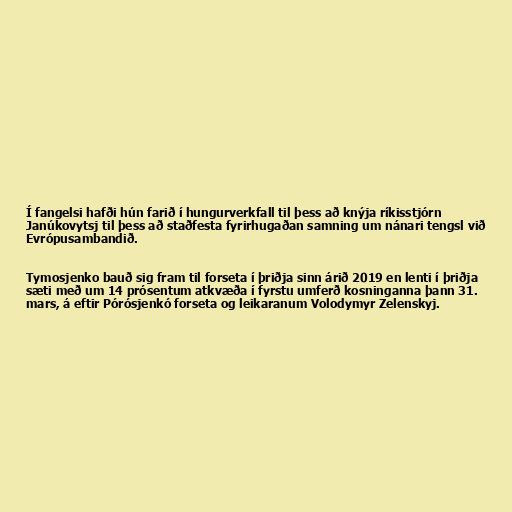
Í fangelsi hafði hún farið í hungurverkfall til þess að knýja ríkisstjórn
Janúkovytsj til þess að staðfesta fyrirhugaðan samning um nánari tengsl við
Evrópusambandið.

Tymosjenko bauð sig fram til forseta í þriðja sinn árið 2019 en lenti í þriðja
sæti með um 14 prósentum atkvæða í fyrstu umferð kosninganna þann 31.
mars, á eftir Pórósjenkó forseta og leikaranum Volodymyr Zelenskyj.